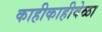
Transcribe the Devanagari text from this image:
काहीकाहीवेळा